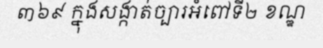
៣៦៩ ក្នុងសង្កាត់ច្បារអំពៅទី២ ខណ្ឌ